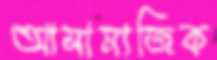
আসামাজিক